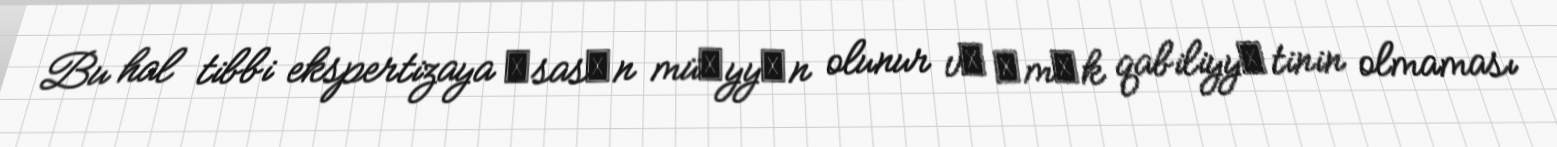
Bu hal tibbi ekspertizaya әsasәn müәyyәn olunur vә әmәk qabiliyyәtinin olmaması